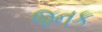
જનક